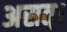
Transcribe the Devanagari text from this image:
असत्।